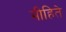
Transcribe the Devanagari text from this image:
मीहिते